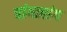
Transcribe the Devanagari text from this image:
चांगाबांग